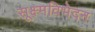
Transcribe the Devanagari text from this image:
सूक्ष्मविभेदन